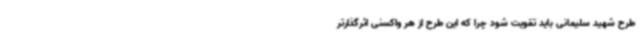
طرح شهید سلیمانی باید تقویت شود چرا که این طرح از هر واکسنی اثرگذارتر